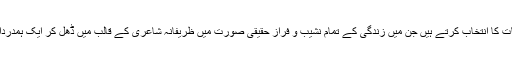
وہ ایسے موضوعات اور واقعات کا انتخاب کرتے ہیں جن میں زندگی کے تمام نشیب و فراز حقیقی صورت میں ظریفانہ شاعری کے قالب میں ڈھل کر ایک ہمدردانہ شعور کو اجاگر کرتے ہیں۔